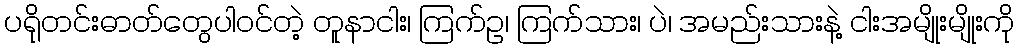
ပရိုတင်းဓာတ်တွေပါဝင်တဲ့ တူနာငါး၊ ကြက်ဥ၊ ကြက်သား၊ ပဲ၊ အမည်းသားနဲ့ ငါးအမျိုးမျိုးကို